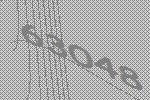
63048